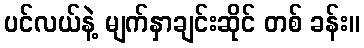
ပင်လယ်နဲ့ မျက်နှာချင်းဆိုင် တစ် ခန်း။